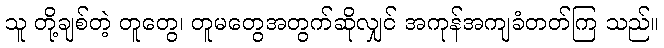
သူ တို့ချစ်တဲ့ တူတွေ၊ တူမတွေအတွက်ဆိုလျှင် အကုန်အကျခံတတ်ကြ သည်။